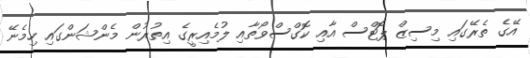
އޭގެ ތެރޭގައި މިސިޒް ޕޮޓްސް އާއި ކޮގްސްވޯތާއި ލުމެއިރީގެ އިތުރުން މެންޝަންގައި ހިމެނޭ